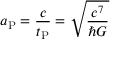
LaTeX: a _ { \mathrm { P } } = { \frac { c } { t _ { \mathrm { P } } } } = { \sqrt { \frac { c ^ { 7 } } { \hbar G } } }